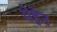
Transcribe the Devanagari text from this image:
मेहेन